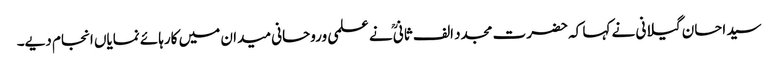
سید احسان گیلانی نے کہا کہ حضرت مجدد الف ثانیؒ نے علمی وروحانی میدان میں کارہائے نمایاں انجام دیے۔